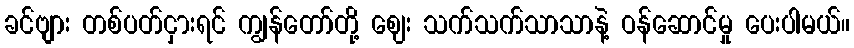
ခင်ဗျား တစ်ပတ်ငှားရင် ကျွန်တော်တို့ ဈေး သက်သက်သာသာနဲ့ ဝန်ဆောင်မှု ပေးပါမယ်။